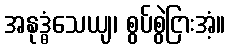
အနုဒ္ဓံသေယျ၊ စွပ်စွဲငြားအံ့။